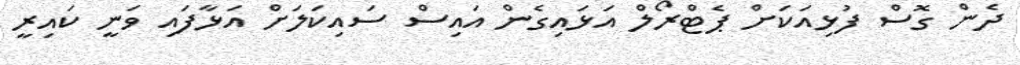
ދެން ގޮސް ފުޅިއަކަށް ޕެޓްރޯލް އަޅައިގެން އައިސް ސައިކަލަށް އަޅާފައި ވަނީ ކައިރީ